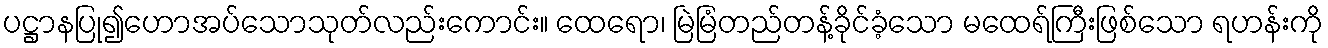
ပဋ္ဌာနပြု၍ဟောအပ်သောသုတ်လည်းကောင်း။ ထေရော၊ မြဲမြံတည်တန့်ခိုင်ခံ့သော မထေရ်ကြီးဖြစ်သော ရဟန်းကို